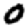
Digit: 0